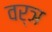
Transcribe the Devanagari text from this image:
वर्ञ